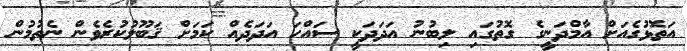
އަތޮޅުގެއަށް އާމްދަނީގެ ގޮތުގައި ލިބުނު އަދަދަކީ ސައްހަ އަދަދެއް ކަމަށް ޤަބޫލުކުރެވެން ނެތުމުން